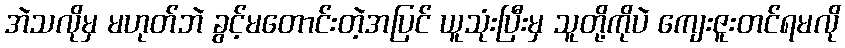
အဲသလိုမှ မဟုတ်ဘဲ ခွင့်မတောင်းတဲ့အပြင် ယူသုံးပြီးမှ သူတို့ကိုပဲ ကျေးဇူးတင်ရမလို